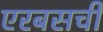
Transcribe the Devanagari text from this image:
एरबसची